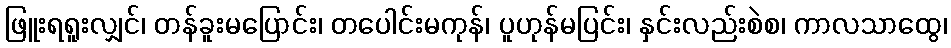
ဖြူးရရူးလျှင်၊ တန်ခူးမပြောင်း၊ တပေါင်းမကုန်၊ ပူဟုန်မပြင်း၊ နှင်းလည်းစဲစ၊ ကာလသာထွေ၊